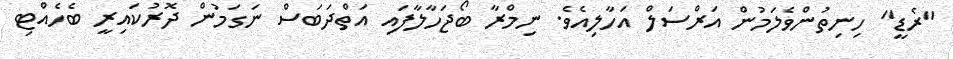
"ރެޑީ" ހިނިތުންވެލަމުން އަރްސަލް އަހާލިއެވެ. ނިމްރާ ބޯޖަހާލާފައި އަތްދަބަސް ނަގަމުން ދޮރުކައިރީ ބެހެއްޓި